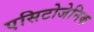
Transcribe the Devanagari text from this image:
एसिटोजेनिक